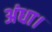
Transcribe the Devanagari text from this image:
अंधा।